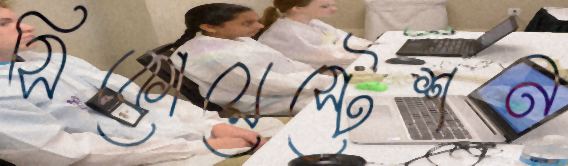
সিকোয়েস্টেশন